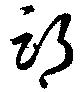
期